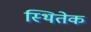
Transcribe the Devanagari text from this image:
स्थितेक